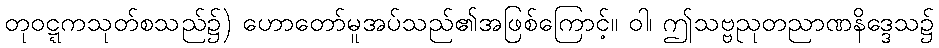
တုဝဋ္ဋကသုတ်စသည်၌) ဟောတော်မူအပ်သည်၏အဖြစ်ကြောင့်။ ဝါ၊ ဤသဗ္ဗညုတညာဏနိဒ္ဒေသ၌